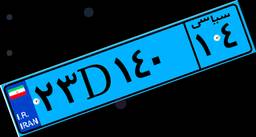
۲۱D۵۰۰۳۱